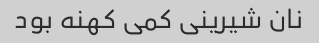
نان شیرینی کمی کهنه بود